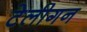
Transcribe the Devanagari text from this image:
टेलीगन